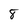
Character: 8